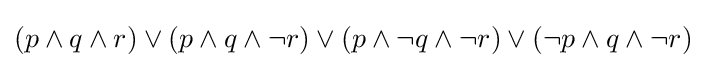
(p\land q\land r)\lor (p\land q\land \lnot r)\lor (p\land \lnot q\land \lnot r)\lor (\lnot p\land q\land \lnot r)